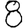
Digit: 8